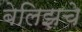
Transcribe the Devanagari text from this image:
बेलिझचे